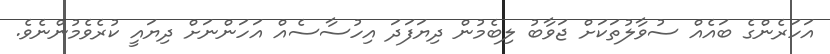
އަހަރެންގެ ބައެއް ސުވާލުތަކަށް ޖަވާބު ލިބެމުން ދިޔަފަދަ އިހުސާސެއް އަހަންނަށް ދިޔައީ ކުރެވެމުންނެވެ.